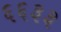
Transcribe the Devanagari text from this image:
६६३३